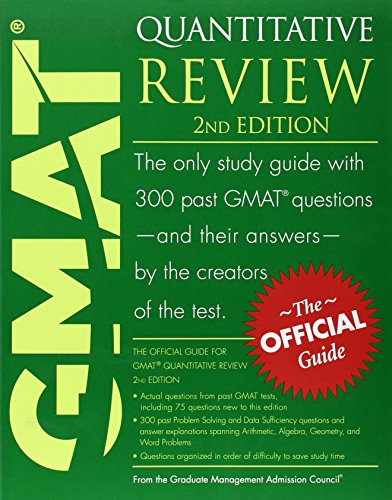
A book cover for The Official Guide for GMAT Quantitative Review, 2nd Edition; GMAC (Graduate Management Admission Council); Test Preparation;